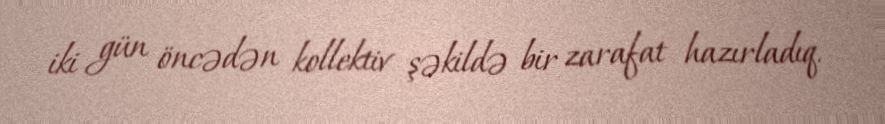
iki gün öncədən kollektiv şəkildə bir zarafat hazırladıq.